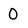
Character: 0